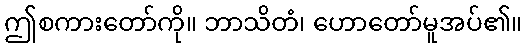
ဤစကားတော်ကို။ ဘာသိတံ၊ ဟောတော်မူအပ်၏။